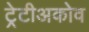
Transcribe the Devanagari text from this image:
ट्रेटीअकोव